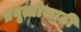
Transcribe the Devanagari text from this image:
प्रवृत्तीसाठी